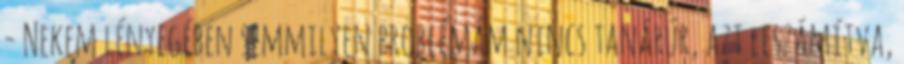
- Nekem lényegében semmilyen problémám nincs tanárúr, azt leszámítva,